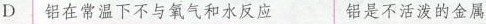
D│铝在常温下不与氧气和水反应 铝是不活泼的金属